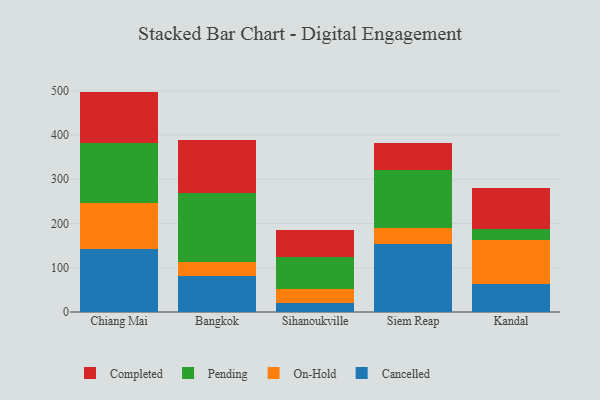
{"axis": {"x": "City", "y": "LTV (USD)"}, "legend": ["Cancelled", "Completed", "On-Hold", "Pending"], "data": [{"x": "Chiang Mai", "y": 142.8, "type": "Cancelled"}, {"x": "Chiang Mai", "y": 103.7, "type": "On-Hold"}, {"x": "Chiang Mai", "y": 135.9, "type": "Pending"}, {"x": "Chiang Mai", "y": 115.8, "type": "Completed"}, {"x": "Bangkok", "y": 80.7, "type": "Cancelled"}, {"x": "Bangkok", "y": 33.0, "type": "On-Hold"}, {"x": "Bangkok", "y": 154.9, "type": "Pending"}, {"x": "Bangkok", "y": 119.9, "type": "Completed"}, {"x": "Sihanoukville", "y": 21.3, "type": "Cancelled"}, {"x": "Sihanoukville", "y": 30.4, "type": "On-Hold"}, {"x": "Sihanoukville", "y": 71.7, "type": "Pending"}, {"x": "Sihanoukville", "y": 62.3, "type": "Completed"}, {"x": "Siem Reap", "y": 152.9, "type": "Cancelled"}, {"x": "Siem Reap", "y": 35.9, "type": "On-Hold"}, {"x": "Siem Reap", "y": 132.2, "type": "Pending"}, {"x": "Siem Reap", "y": 61.7, "type": "Completed"}, {"x": "Kandal", "y": 62.4, "type": "Cancelled"}, {"x": "Kandal", "y": 100.5, "type": "On-Hold"}, {"x": "Kandal", "y": 25.2, "type": "Pending"}, {"x": "Kandal", "y": 93.2, "type": "Completed"}]}